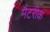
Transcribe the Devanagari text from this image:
मैटरीक